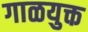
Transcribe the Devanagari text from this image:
गाळयुक्त